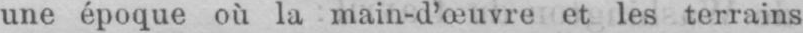
une époque où la main-d’oeuvre et les terrains